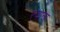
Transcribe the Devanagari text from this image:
स्याना